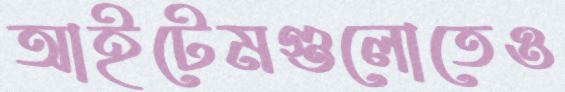
আইটেমগুলোতেও